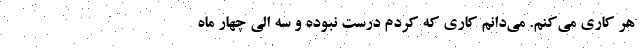
هر کاری می‌کنم. می‌دانم کاری که کردم درست نبوده و سه الی چهار ماه